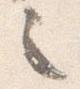
之